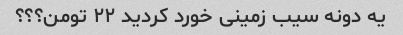
یه دونه سیب زمینی خورد کردید ۲۲ تومن؟؟؟